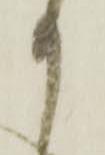
り